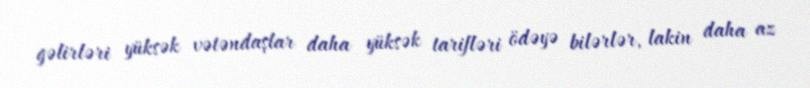
gəlirləri yüksək vətəndaşlar daha yüksək tarifləri ödəyə bilərlər, lakin daha az